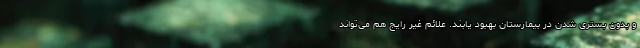
و بدون بستری شدن در بیمارستان بهبود یابند. علائم غیر رایج هم می‌تواند